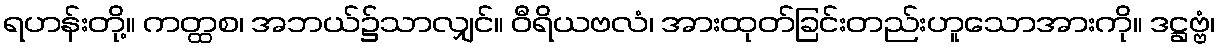
ရဟန်းတို့။ ကတ္ထစ၊ အဘယ်၌သာလျှင်။ ဝီရိယဗလံ၊ အားထုတ်ခြင်းတည်းဟူသောအားကို။ ဒဋ္ဌဗ္ဗံ၊